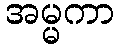
အမ္မကာ